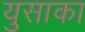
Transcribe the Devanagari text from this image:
युसाका